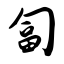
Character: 匐